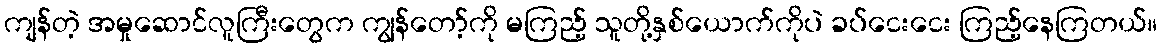
ကျန်တဲ့ အမှုဆောင်လူကြီးတွေက ကျွန်တော့်ကို မကြည့် သူတို့နှစ်ယောက်ကိုပဲ ခပ်ငေးငေး ကြည့်နေကြတယ်။